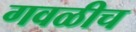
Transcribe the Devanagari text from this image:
गवळीच